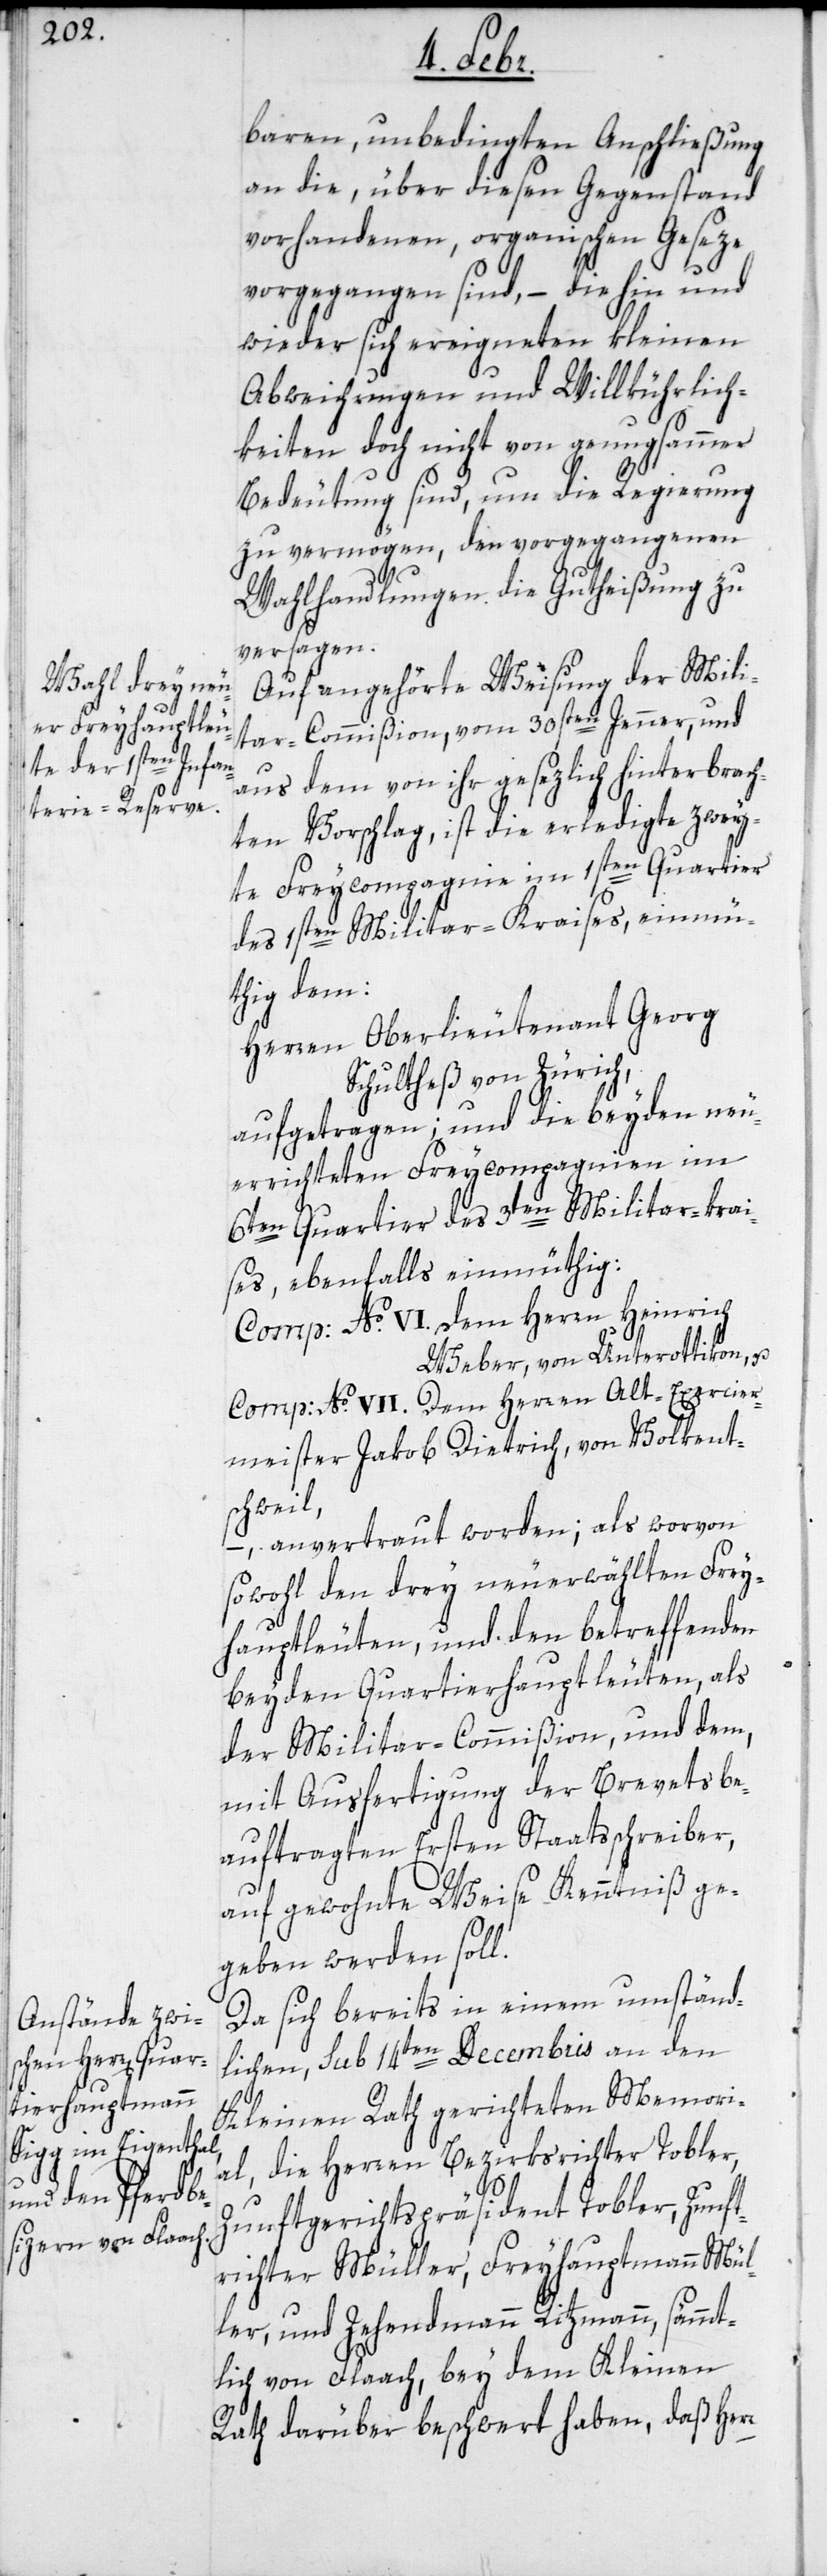
baren, unbedingten Anschließung
an die, über diesen Gegenstand
vorhandenen, organischen Geseze
vorgegangen sind, – die hin und
wieder sich ereigneten kleinen
Abweichungen und Willkührlich¬
keiten doch nicht von genugsammer
Bedeutung sind, um die Regierung
zu vermögen, den vorgegangenen
Wahlhandlungen die Gutheißung zu
versagen.
Auf angehörte Weisung der Mili¬
tar-Commißion, vom 30sten Jenner, und
aus dem von ihr gesezlich hinterbrach¬
ten Vorschlag, ist die erledigte zwey¬
te Freycompagnie im 1sten Quartier
des 1sten Militar-Kraises, einmü¬
thig dem:
Herren Oberlieutenant Georg
Schultheß von Zürich,
aufgetragen; und die beyden neu¬
errichteten Freycompagnien im
6ten Quartier des 3ten Militar-krai¬
ses, ebenfals einmüthig:
Comp: No. VI. dem Herrn Heinrich
Weber, von Unterottikon, u.
Comp: No. VII. Dem Herren Alt-Exercier¬
meister Jakob Dietrich, von Volkent¬
schweil,
– anvertraut worden; als worvon
sowohl den drey neuerwählten Frey¬
hauptleuten, und den betreffenden
beyden Quartierhauptleuten, als
der Militar-Commißion, und dem,
mit Ausfertigung der Brevets be¬
auftragten Ersten Staatsschreiber,
auf gewohnte Weise Kenntniß ge¬
geben werden soll.
Da sich bereits in einem umständ¬
lichen, sub 14ten Decembris an den
Kleinen Rath gerichteten Memori¬
al, die Herren Bezirksrichter Tobler,
Zunftgerichtspräsident Tobler, Zunft¬
richter Müller, Freyhauptmann Mül¬
ler, und Zehendmann Ritzmann, sämmt¬
lich von Flaach, bey dem Kleinen
Rath darüber beschwert haben, daß Herr